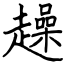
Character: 趮